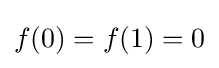
f(0)=f(1)=0